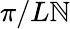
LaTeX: \pi/L\mathbb{N}